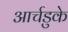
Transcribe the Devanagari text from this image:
आर्चडुके